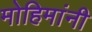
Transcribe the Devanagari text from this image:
मोहिमांनी